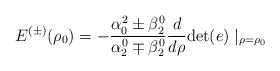
\begin{align*}E^{(\pm)}(\rho_0)=-\frac{\alpha^2_0\pm\beta^0_2}{\alpha^0_2\mp\beta_2^0}\frac{d}{d\rho} {\rm det}(e)\mid_{\rho=\rho_0}\end{align*}